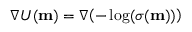
\nabla U ( \mathbf { m } ) = \nabla \! \left( - \log ( \sigma ( \mathbf { m } ) ) \right)